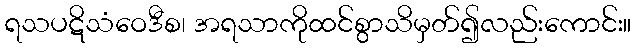
ရသပဋိသံဝေဒီစ၊ အရသာကိုထင်စွာသိမှတ်၍လည်းကောင်း။